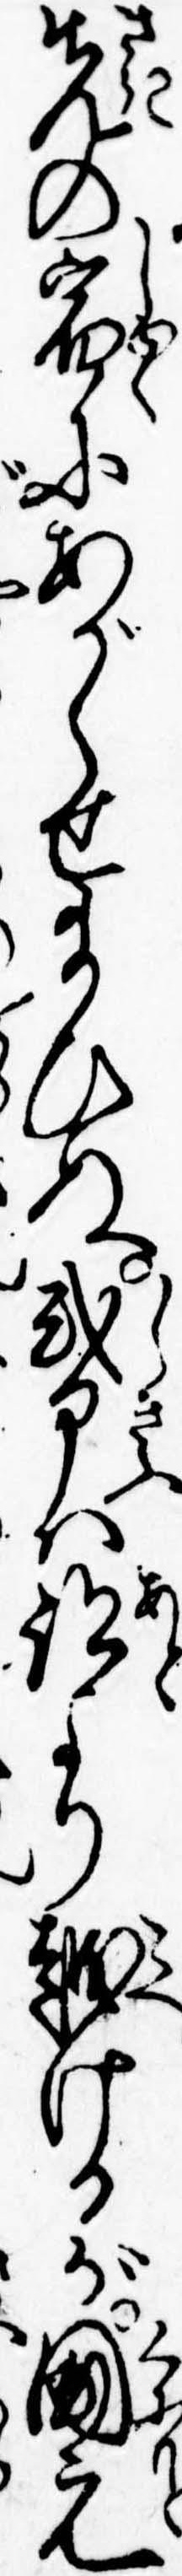
先の宿にあがらせ給ひぬ式部は跡より越けるが国元